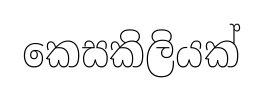
කෙසකිලියක්